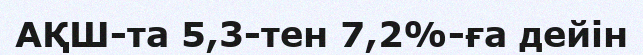
АҚШ-та 5,3-тен 7,2%-ға дейін